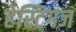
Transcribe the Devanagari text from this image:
हेस्टिगज